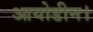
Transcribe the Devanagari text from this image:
आयोडीन।